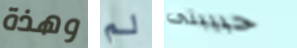
وهذة لم حبيبتى